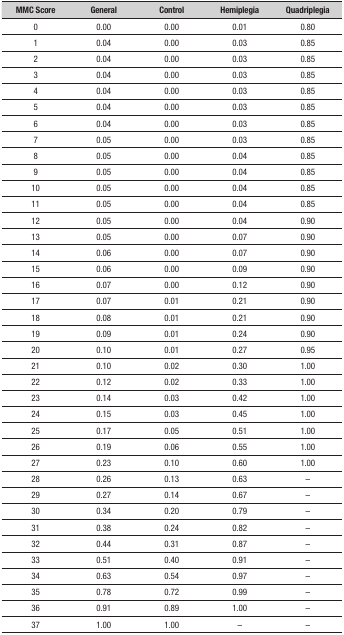
<table><thead><tr><td><b>MMC Score</b></td><td><b>General</b></td><td><b>Control</b></td><td><b>Hemiplegia</b></td><td><b>Quadriplegia</b></td></tr></thead><tbody><tr><td>0</td><td>0.00</td><td>0.00</td><td>0.01</td><td>0.80</td></tr><tr><td>1</td><td>0.04</td><td>0.00</td><td>0.03</td><td>0.85</td></tr><tr><td>2</td><td>0.04</td><td>0.00</td><td>0.03</td><td>0.85</td></tr><tr><td>3</td><td>0.04</td><td>0.00</td><td>0.03</td><td>0.85</td></tr><tr><td>4</td><td>0.04</td><td>0.00</td><td>0.03</td><td>0.85</td></tr><tr><td>5</td><td>0.04</td><td>0.00</td><td>0.03</td><td>0.85</td></tr><tr><td>6</td><td>0.04</td><td>0.00</td><td>0.03</td><td>0.85</td></tr><tr><td>7</td><td>0.05</td><td>0.00</td><td>0.03</td><td>0.85</td></tr><tr><td>8</td><td>0.05</td><td>0.00</td><td>0.04</td><td>0.85</td></tr><tr><td>9</td><td>0.05</td><td>0.00</td><td>0.04</td><td>0.85</td></tr><tr><td>10</td><td>0.05</td><td>0.00</td><td>0.04</td><td>0.85</td></tr><tr><td>11</td><td>0.05</td><td>0.00</td><td>0.04</td><td>0.85</td></tr><tr><td>12</td><td>0.05</td><td>0.00</td><td>0.04</td><td>0.90</td></tr><tr><td>13</td><td>0.05</td><td>0.00</td><td>0.07</td><td>0.90</td></tr><tr><td>14</td><td>0.06</td><td>0.00</td><td>0.07</td><td>0.90</td></tr><tr><td>15</td><td>0.06</td><td>0.00</td><td>0.09</td><td>0.90</td></tr><tr><td>16</td><td>0.07</td><td>0.00</td><td>0.12</td><td>0.90</td></tr><tr><td>17</td><td>0.07</td><td>0.01</td><td>0.21</td><td>0.90</td></tr><tr><td>18</td><td>0.08</td><td>0.01</td><td>0.21</td><td>0.90</td></tr><tr><td>19</td><td>0.09</td><td>0.01</td><td>0.24</td><td>0.90</td></tr><tr><td>20</td><td>0.10</td><td>0.01</td><td>0.27</td><td>0.95</td></tr><tr><td>21</td><td>0.10</td><td>0.02</td><td>0.30</td><td>1.00</td></tr><tr><td>22</td><td>0.12</td><td>0.02</td><td>0.33</td><td>1.00</td></tr><tr><td>23</td><td>0.14</td><td>0.03</td><td>0.42</td><td>1.00</td></tr><tr><td>24</td><td>0.15</td><td>0.03</td><td>0.45</td><td>1.00</td></tr><tr><td>25</td><td>0.17</td><td>0.05</td><td>0.51</td><td>1.00</td></tr><tr><td>26</td><td>0.19</td><td>0.06</td><td>0.55</td><td>1.00</td></tr><tr><td>27</td><td>0.23</td><td>0.10</td><td>0.60</td><td>1.00</td></tr><tr><td>28</td><td>0.26</td><td>0.13</td><td>0.63</td><td>–</td></tr><tr><td>29</td><td>0.27</td><td>0.14</td><td>0.67</td><td>–</td></tr><tr><td>30</td><td>0.34</td><td>0.20</td><td>0.79</td><td>–</td></tr><tr><td>31</td><td>0.38</td><td>0.24</td><td>0.82</td><td>–</td></tr><tr><td>32</td><td>0.44</td><td>0.31</td><td>0.87</td><td>–</td></tr><tr><td>33</td><td>0.51</td><td>0.40</td><td>0.91</td><td>–</td></tr><tr><td>34</td><td>0.63</td><td>0.54</td><td>0.97</td><td>–</td></tr><tr><td>35</td><td>0.78</td><td>0.72</td><td>0.99</td><td>–</td></tr><tr><td>36</td><td>0.91</td><td>0.89</td><td>1.00</td><td>–</td></tr><tr><td>37</td><td>1.00</td><td>1.00</td><td>–</td><td>–</td></tr></tbody></table>